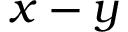
x - y